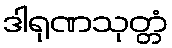
ဒါရုဏသုတ္တံ